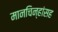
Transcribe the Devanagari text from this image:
मानचिन्हांसह